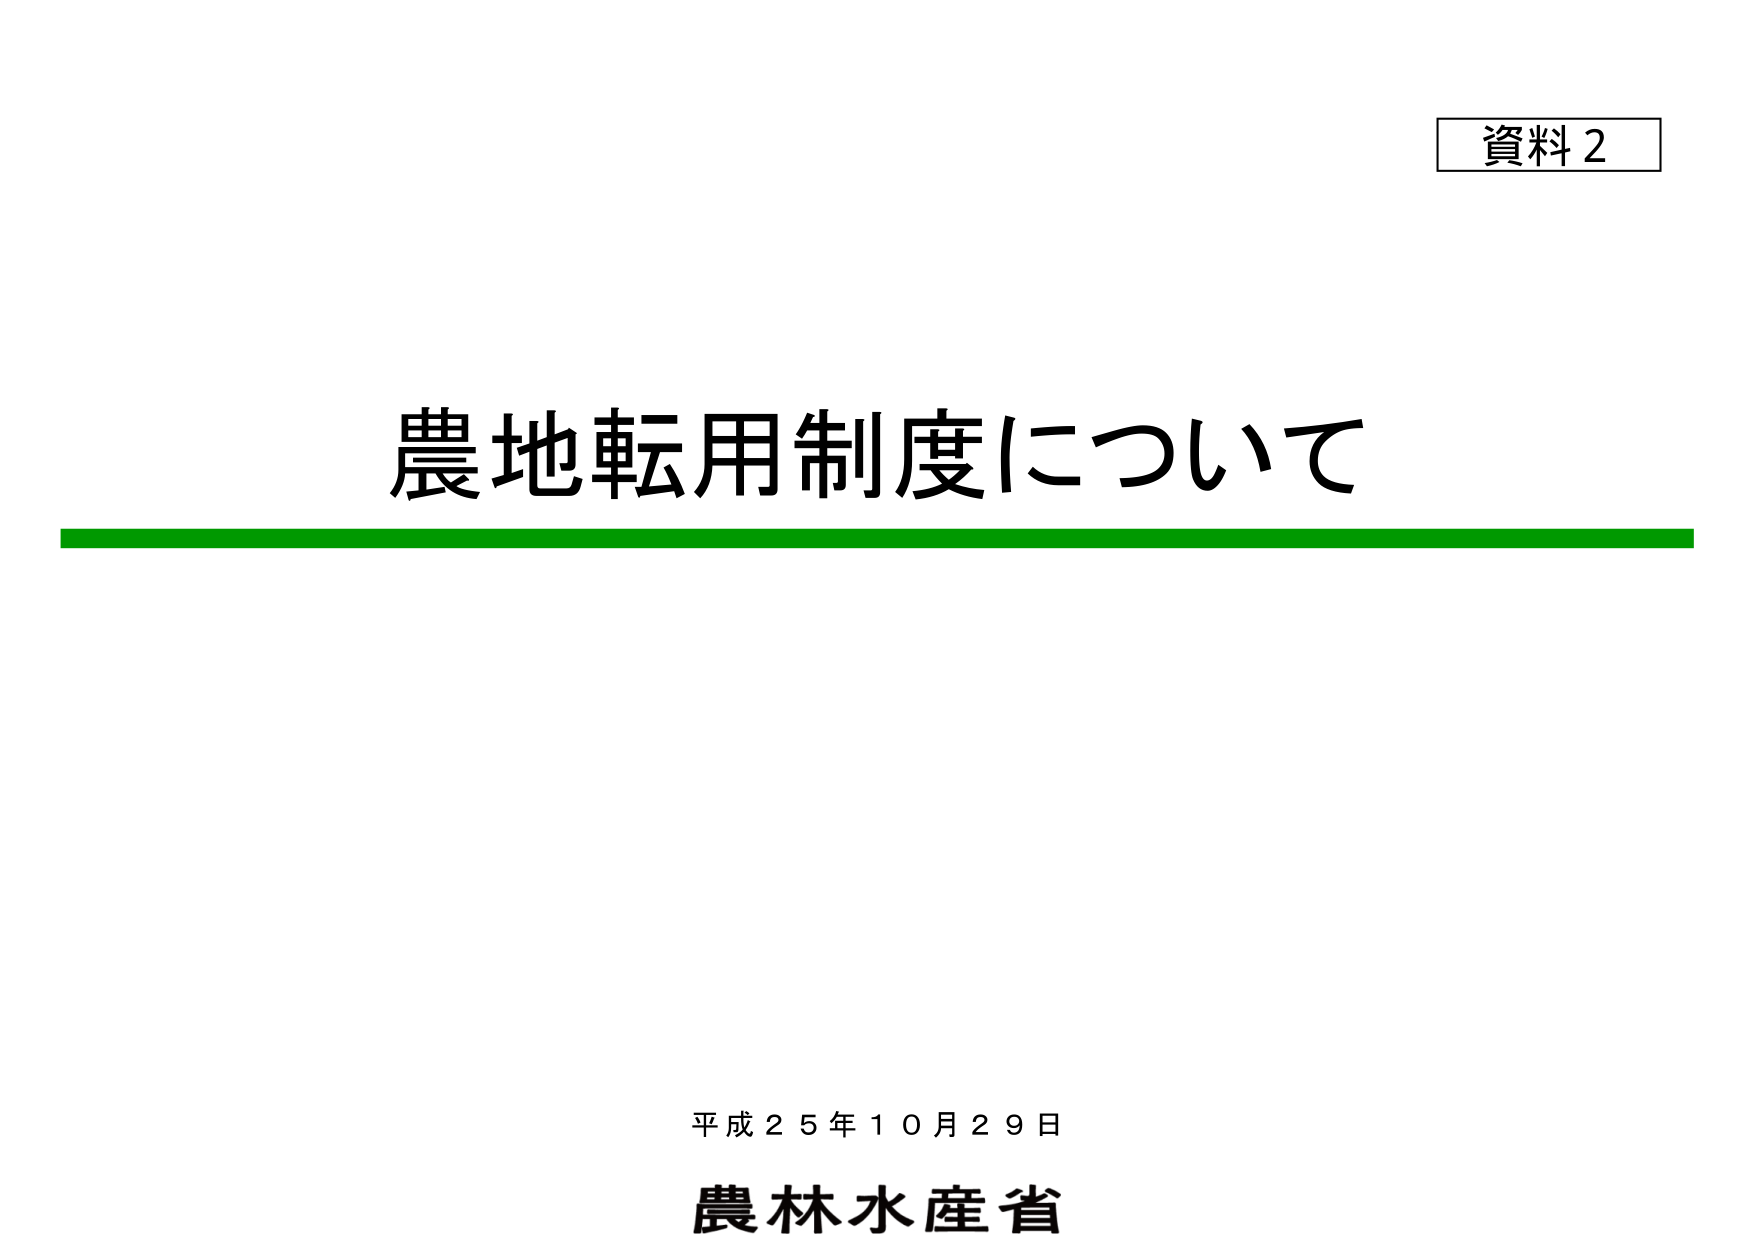
資料2
農地転用制度について
平成25年10月29日
農林水産省